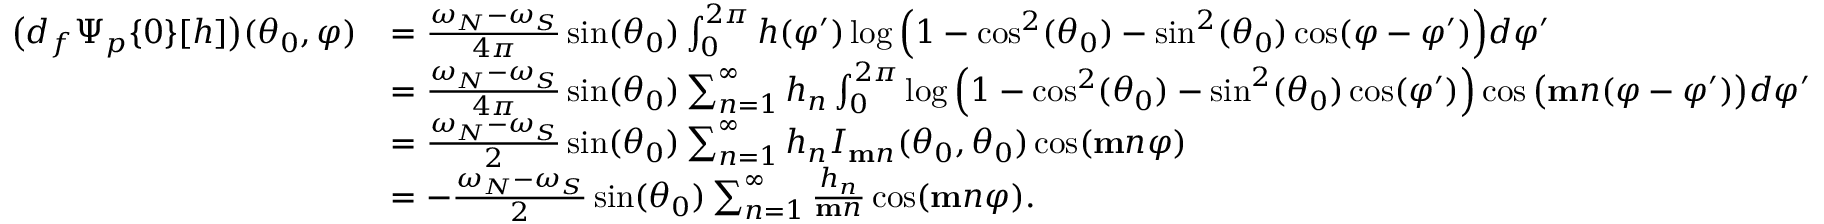
\begin{array} { r l } { \big ( d _ { f } \Psi _ { p } \{ 0 \} [ h ] \big ) ( \theta _ { 0 } , \varphi ) } & { = \frac { \omega _ { N } - \omega _ { S } } { 4 \pi } \sin ( \theta _ { 0 } ) \int _ { 0 } ^ { 2 \pi } h ( \varphi ^ { \prime } ) \log \Big ( 1 - \cos ^ { 2 } ( \theta _ { 0 } ) - \sin ^ { 2 } ( \theta _ { 0 } ) \cos ( \varphi - \varphi ^ { \prime } ) \Big ) d \varphi ^ { \prime } } \\ & { = \frac { \omega _ { N } - \omega _ { S } } { 4 \pi } \sin ( \theta _ { 0 } ) \sum _ { n = 1 } ^ { \infty } h _ { n } \int _ { 0 } ^ { 2 \pi } \log \Big ( 1 - \cos ^ { 2 } ( \theta _ { 0 } ) - \sin ^ { 2 } ( \theta _ { 0 } ) \cos ( \varphi ^ { \prime } ) \Big ) \cos \big ( \mathbf { m } n ( \varphi - \varphi ^ { \prime } ) \big ) d \varphi ^ { \prime } } \\ & { = \frac { \omega _ { N } - \omega _ { S } } { 2 } \sin ( \theta _ { 0 } ) \sum _ { n = 1 } ^ { \infty } h _ { n } I _ { \mathbf { m } n } ( \theta _ { 0 } , \theta _ { 0 } ) \cos ( \mathbf { m } n \varphi ) } \\ & { = - \frac { \omega _ { N } - \omega _ { S } } { 2 } \sin ( \theta _ { 0 } ) \sum _ { n = 1 } ^ { \infty } \frac { h _ { n } } { \mathbf { m } n } \cos ( \mathbf { m } n \varphi ) . } \end{array}